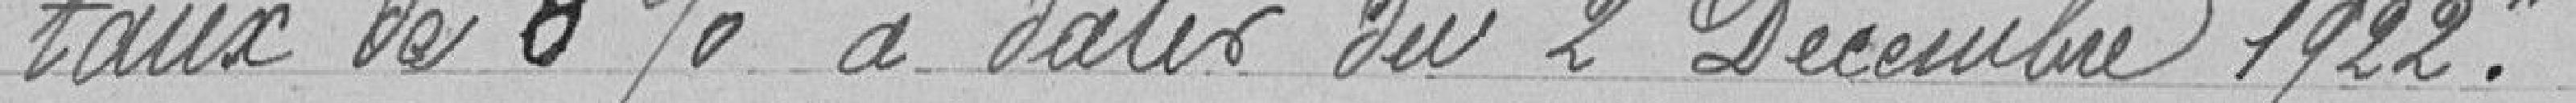
"taux de 8% à la date du 2 Décembre 1922."